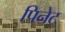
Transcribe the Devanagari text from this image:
पिनेट